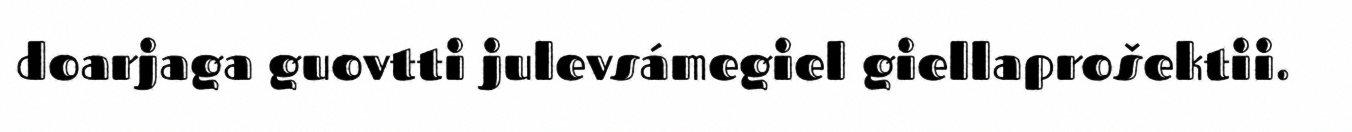
doarjaga guovtti julevsámegiel giellaprošektii.